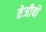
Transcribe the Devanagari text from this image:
तेजीची